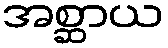
အစ္ဆာယ